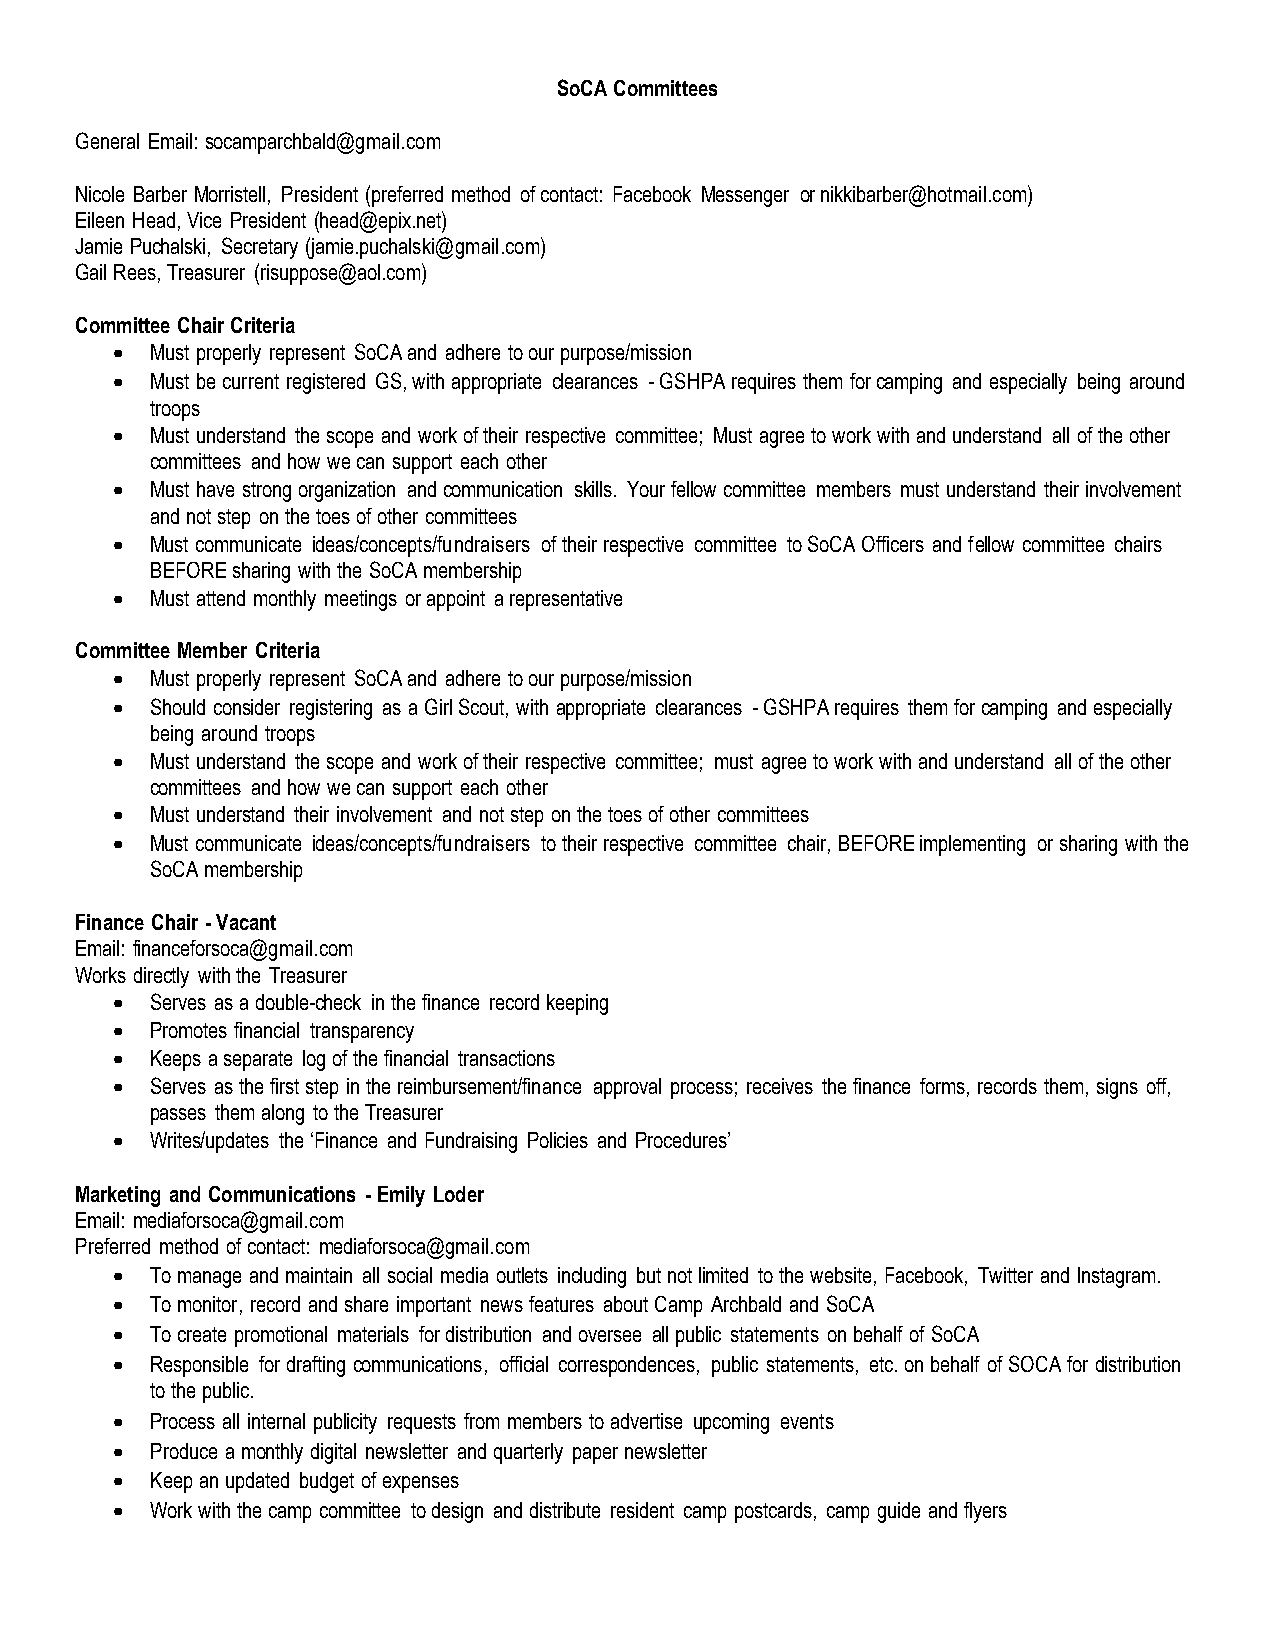
SoCA Committees
 General Email: socamparchbald@gmail.com
 Nicole Barber Morristell, President (preferred method of contact: Facebook Messenger or nikkibarber@hotmail.com)
 Eileen Head, Vice President (head@epix.net)
 Jamie Puchalski, Secretary (jamie.puchalski@gmail.com)
 Gail Rees, Treasurer (risuppose@aol.com)
 Committee Chair Criteria
 •  Must properly represent SoCA and adhere to our purpose/mission
 •  Must be current registered GS, with appropriate clearances - GSHPA requires them for camping and especially being around
 troops
 •  Must understand the scope and work of their respective committee; Must agree to work with and understand all of the other
 committees and how we can support each other
 •  Must have strong organization and communication skills. Your fellow committee members must understand their involvement
 and not step on the toes of other committees
 •  Must communicate ideas/concepts/fundraisers of their respective committee to SoCA Officers and fellow committee chairs
 BEFORE sharing with the SoCA membership
 •  Must attend monthly meetings or appoint a representative
 Committee Member Criteria
 •  Must properly represent SoCA and adhere to our purpose/mission
 •  Should consider registering as a Girl Scout, with appropriate clearances - GSHPA requires them for camping and especially
 being around troops
 •  Must understand the scope and work of their respective committee; must agree to work with and understand all of the other
 committees and how we can support each other
 •  Must understand their involvement and not step on the toes of other committees
 •  Must communicate ideas/concepts/fundraisers to their respective committee chair, BEFORE implementing or sharing with the
 SoCA membership
 Finance Chair - Vacant
 Email: financeforsoca@gmail.com
 Works directly with the Treasurer
 •  Serves as a double-check in the finance record keeping
 •  Promotes financial transparency
 •  Keeps a separate log of the financial transactions
 •  Serves as the first step in the reimbursement/finance approval process; receives the finance forms, records them, signs off,
 passes them along to the Treasurer
 •  Writes/updates the ‘Finance and Fundraising Policies and Procedures’
 Marketing and Communications - Emily Loder
 Email: mediaforsoca@gmail.com
 Preferred method of contact: mediaforsoca@gmail.com
 •  To manage and maintain all social media outlets including but not limited to the website, Facebook, Twitter and Instagram.
 •  To monitor, record and share important news features about Camp Archbald and SoCA
 •  To create promotional materials for distribution and oversee all public statements on behalf of SoCA
 •  Responsible for drafting communications, official correspondences, public statements, etc. on behalf of SOCA for distribution
 to the public.
 •  Process all internal publicity requests from members to advertise upcoming events
 •  Produce a monthly digital newsletter and quarterly paper newsletter
 •  Keep an updated budget of expenses
 •  Work with the camp committee to design and distribute resident camp postcards, camp guide and flyers